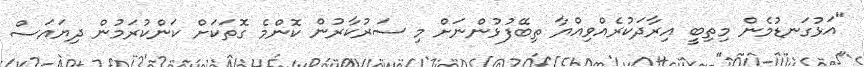
"އަޅުގަނޑުމެން މިތިބީ އިރާދަކުރެއްވިއްޔާ ތިބޭފުޅުންނަށް މި ސަރުކާރުން ކޮންމެ ގޮތަކަށް ކަންކުރަމުން ދިޔައަސް